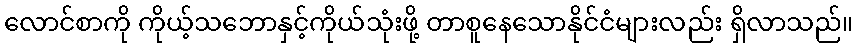
လောင်စာကို ကိုယ့်သဘောနှင့်ကိုယ်သုံးဖို့ တာစူနေသောနိုင်ငံများလည်း ရှိလာသည်။